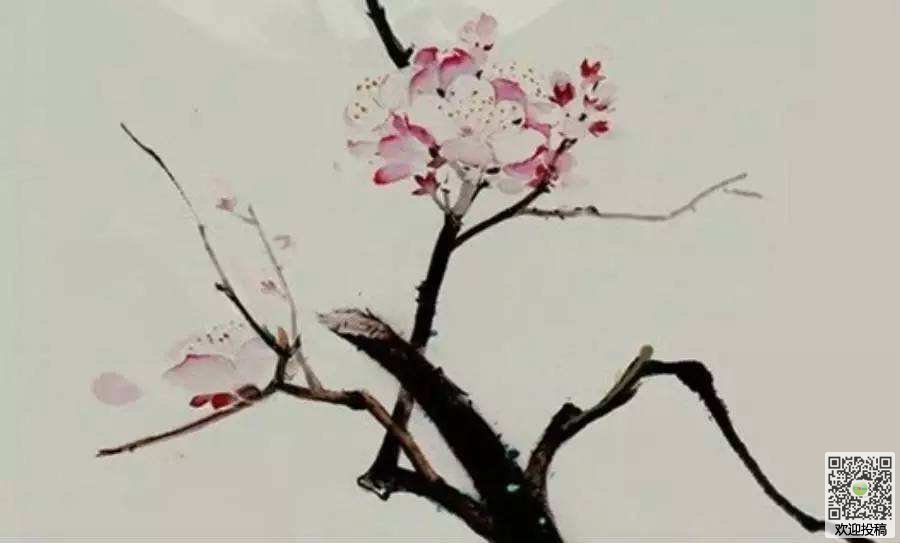
去年花里逢君别，今日花开已一年。